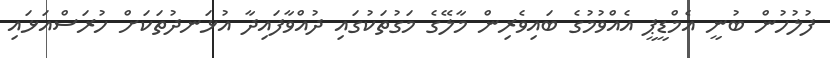
ފުލުހުން ބުނީ އެމްޑީޕީ އެއްވުމުގެ ބައިވެރިން މާލޭގެ މަގުތަކުގައި ދުއްވާފައިދާ އުޅަނދުތަކަށް ހުރަސްއަޅައި